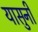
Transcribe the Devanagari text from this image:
यासुनी